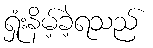
ရှုံးနိမ့်ခဲ့ရသည်